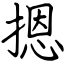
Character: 摁